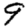
Digit: 9